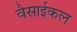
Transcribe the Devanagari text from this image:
वैसाईकल